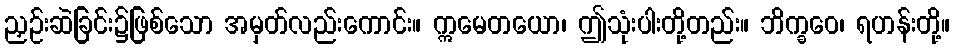
ညှဉ်းဆဲခြင်း၌ဖြစ်သော အမှတ်လည်းကောင်း။ ဣမေတယော၊ ဤသုံးပါးတို့တည်း။ ဘိက္ခဝေ၊ ရဟန်းတို့။